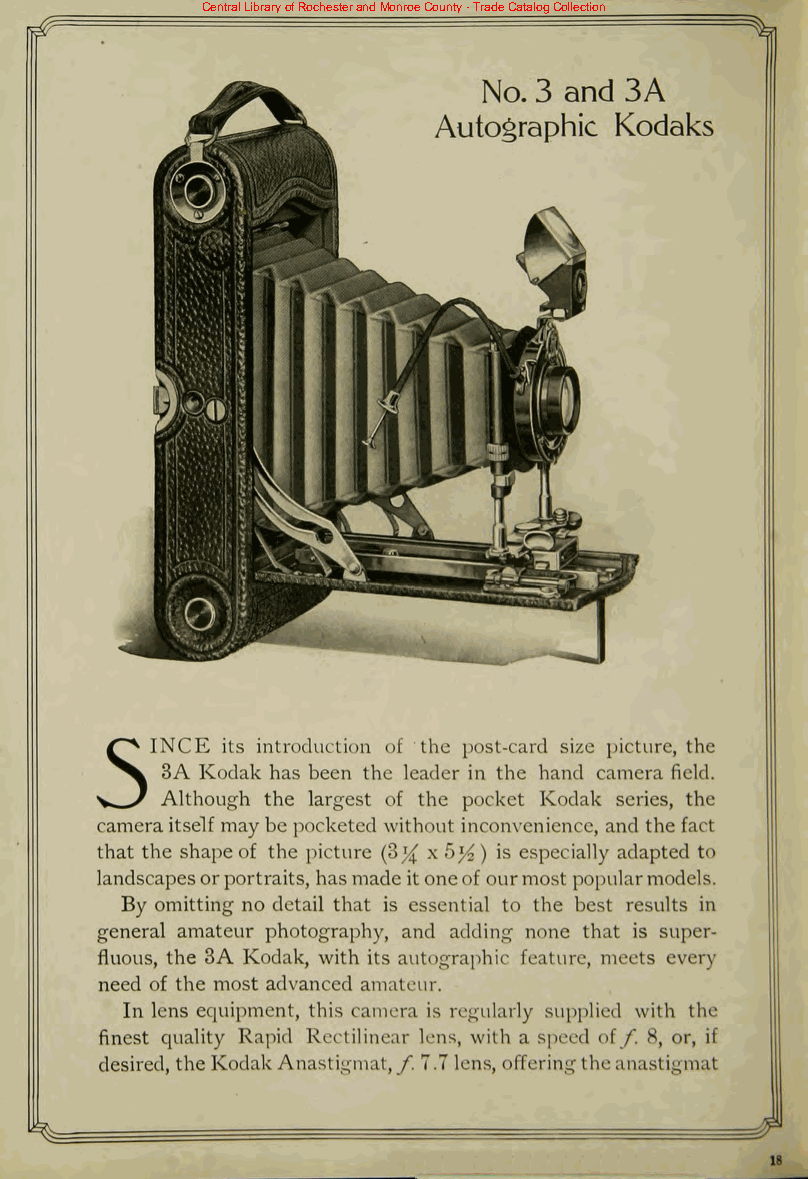
Central Library of Rochester and Monroe County - Trade Catalog Collection
 its introduction of the post-card size picture, the
 5INCE
 3A Kodak has been the leader in the hand camera field.
 Although the largest of the pocket Kodak series, the
 cameraitself maybe pocketed without inconvenience, and the fact
 that the shape of the picture (3^ x5^) is especially adapted to
 landscapesorportraits, hasmade itoneof ourmost popularmodels.
 By omitting no detail that is essential to the best results in
 general amateur photography, and adding none that is super
 fluous, the 3A Kodak, with its autographic feature, meets every
 need of the most advanced amateur.
 In lens equipment, this camera is regularly supplied with the
 finest quality Rapid Rectilinear lens, with a speed oif. 8, or, if
 desired, the Kodak Anastigmat, f. 7.7 lens, offering theanastigmat